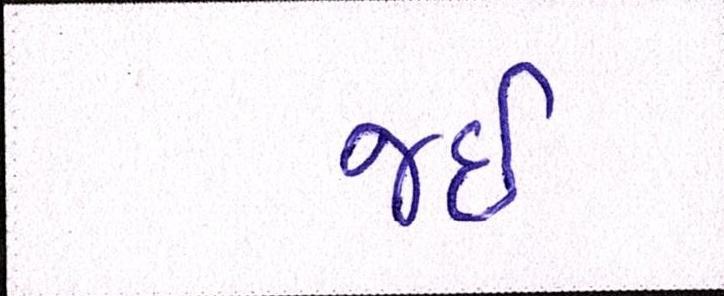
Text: જઈ